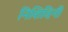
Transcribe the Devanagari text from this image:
निशिदिनी